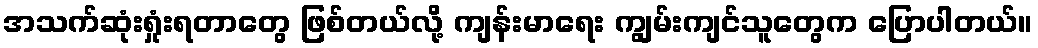
အသက်ဆုံးရှုံးရတာတွေ ဖြစ်တယ်လို့ ကျန်းမာရေး ကျွမ်းကျင်သူတွေက ပြောပါတယ်။